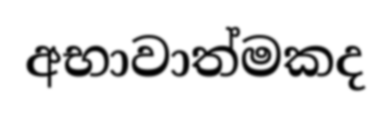
අභාවාත්මකද